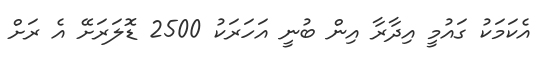
އެކަމަކު ގައުމީ އިދާރާ އިން ބުނީ އަހަރަކު 2500 ޑޮލަރަށޭ އެ ރަށް